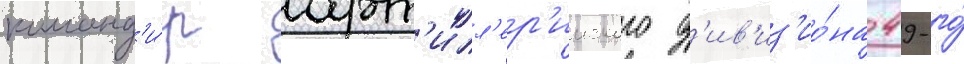
команд'и́р арт'илл'ер'ииского д'ив'из'ио́на 49-го́